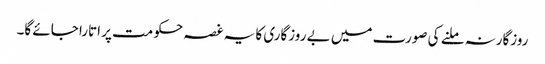
روزگارنہ ملنے کی صورت میں بے روزگاری کا یہ غصہ حکومت پر اتارا جائے گا۔